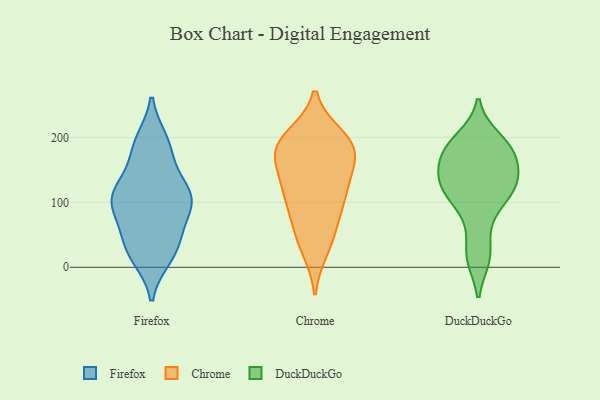
{"axis": {"x": "Backlog", "y": "Value"}, "legend": ["Chrome", "DuckDuckGo", "Firefox"], "data": [{"x": "", "y": 72, "type": "Firefox"}, {"x": "", "y": 113, "type": "Firefox"}, {"x": "", "y": 121, "type": "Firefox"}, {"x": "", "y": 159, "type": "Firefox"}, {"x": "", "y": 108, "type": "Firefox"}, {"x": "", "y": 190, "type": "Firefox"}, {"x": "", "y": 19, "type": "Firefox"}, {"x": "", "y": 37, "type": "Firefox"}, {"x": "", "y": 16, "type": "Firefox"}, {"x": "", "y": 113, "type": "Firefox"}, {"x": "", "y": 45, "type": "Firefox"}, {"x": "", "y": 108, "type": "Firefox"}, {"x": "", "y": 96, "type": "Firefox"}, {"x": "", "y": 28, "type": "Firefox"}, {"x": "", "y": 185, "type": "Firefox"}, {"x": "", "y": 82, "type": "Firefox"}, {"x": "", "y": 108, "type": "Firefox"}, {"x": "", "y": 194, "type": "Firefox"}, {"x": "", "y": 63, "type": "Chrome"}, {"x": "", "y": 29, "type": "Chrome"}, {"x": "", "y": 43, "type": "Chrome"}, {"x": "", "y": 94, "type": "Chrome"}, {"x": "", "y": 200, "type": "Chrome"}, {"x": "", "y": 167, "type": "Chrome"}, {"x": "", "y": 191, "type": "Chrome"}, {"x": "", "y": 189, "type": "Chrome"}, {"x": "", "y": 111, "type": "Chrome"}, {"x": "", "y": 186, "type": "Chrome"}, {"x": "", "y": 168, "type": "Chrome"}, {"x": "", "y": 105, "type": "Chrome"}, {"x": "", "y": 186, "type": "Chrome"}, {"x": "", "y": 130, "type": "Chrome"}, {"x": "", "y": 135, "type": "Chrome"}, {"x": "", "y": 126, "type": "DuckDuckGo"}, {"x": "", "y": 158, "type": "DuckDuckGo"}, {"x": "", "y": 15, "type": "DuckDuckGo"}, {"x": "", "y": 114, "type": "DuckDuckGo"}, {"x": "", "y": 198, "type": "DuckDuckGo"}, {"x": "", "y": 132, "type": "DuckDuckGo"}, {"x": "", "y": 166, "type": "DuckDuckGo"}, {"x": "", "y": 142, "type": "DuckDuckGo"}, {"x": "", "y": 119, "type": "DuckDuckGo"}, {"x": "", "y": 188, "type": "DuckDuckGo"}, {"x": "", "y": 104, "type": "DuckDuckGo"}, {"x": "", "y": 187, "type": "DuckDuckGo"}, {"x": "", "y": 17, "type": "DuckDuckGo"}, {"x": "", "y": 175, "type": "DuckDuckGo"}, {"x": "", "y": 68, "type": "DuckDuckGo"}]}